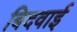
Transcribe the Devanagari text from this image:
बिदवाई